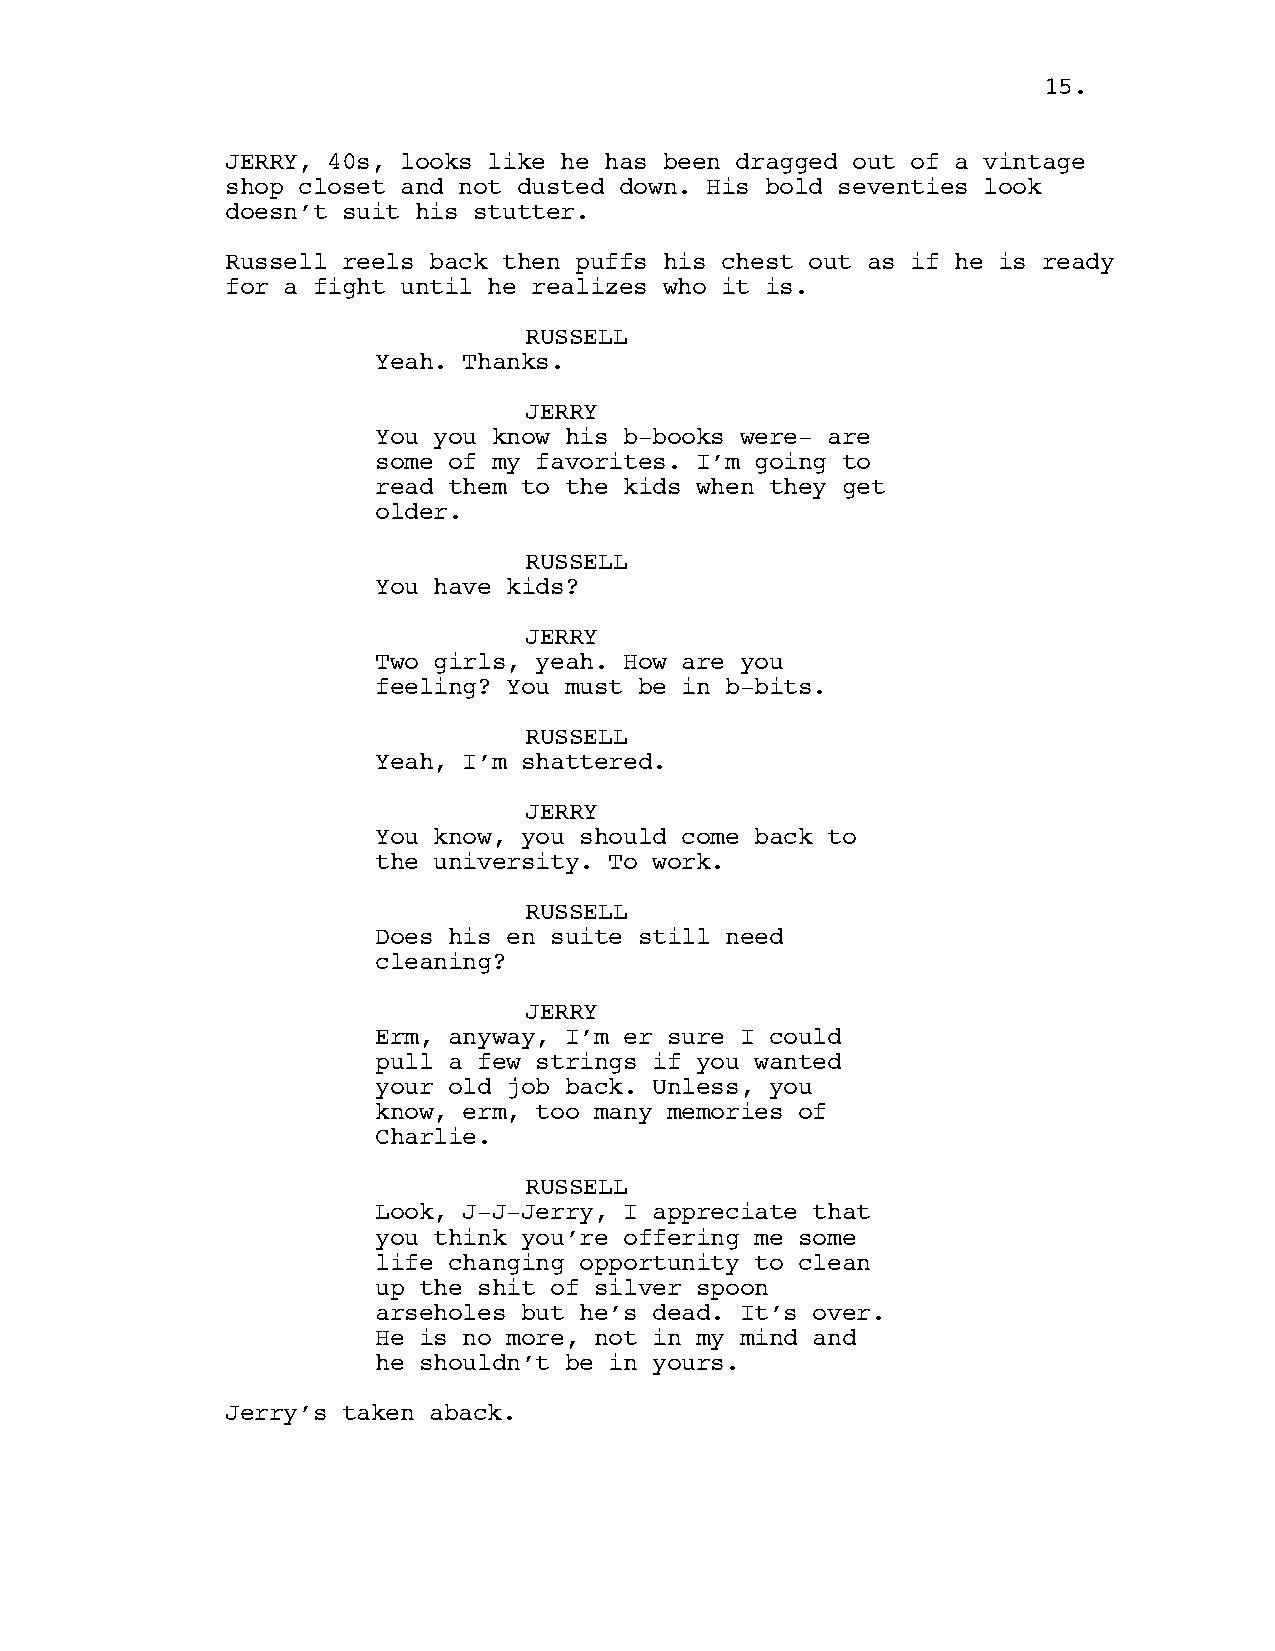
15.
 JERRY, 40s, looks like he has been dragged out of a vintage
 shop closet and not dusted down. His bold seventies look
 doesn’t suit his stutter.
 Russell reels back then puffs his chest out as if he is ready
 for a fight until he realizes who it is.
 RUSSELL
 Yeah. Thanks.
 JERRY
 You you know his b-books were- are
 some of my favorites. I’m going to
 read them to the kids when they get
 older.
 RUSSELL
 You have kids?
 JERRY
 Two girls, yeah. How are you
 feeling? You must be in b-bits.
 RUSSELL
 Yeah, I’m shattered.
 JERRY
 You know, you should come back to
 the university. To work.
 RUSSELL
 Does his en suite still need
 cleaning?
 JERRY
 Erm, anyway, I’m er sure I could
 pull a few strings if you wanted
 your old job back. Unless, you
 know, erm, too many memories of
 Charlie.
 RUSSELL
 Look, J-J-Jerry, I appreciate that
 you think you’re offering me some
 life changing opportunity to clean
 up the shit of silver spoon
 arseholes but he’s dead. It’s over.
 He is no more, not in my mind and
 he shouldn’t be in yours.
 Jerry’s taken aback.